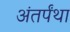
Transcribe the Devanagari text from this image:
अंतर्पंथा